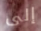
إلى